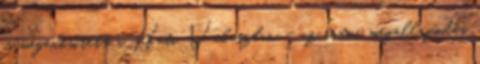
is megerősített a Heti Válaszban - az iráni megállapodás